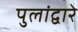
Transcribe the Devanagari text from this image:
पुलांद्वारे